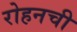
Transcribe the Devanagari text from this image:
रोहनची